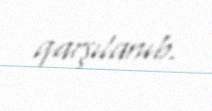
qarşılanıb.